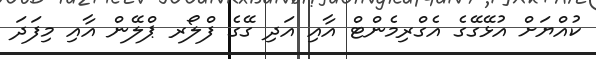
ކުއްޔަށް އުޅޭގޭގެ އެގްރިމެންޓް އާއި އަދި ގޭގެ ފްލޯރ ޕްލޭން އާއި މިފަދަ